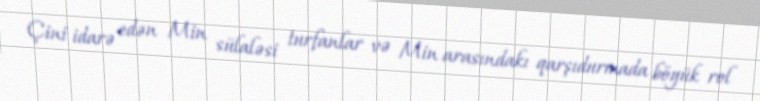
Çini idarə edən Min sülaləsi turfanlar və Min arasındakı qarşıdurmada böyük rol